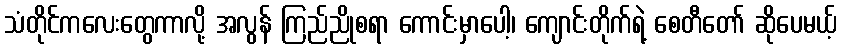
သံတိုင်ကလေးတွေကာလို့ အလွန် ကြည်ညိုစရာ ကောင်းမှာပေါ့၊ ကျောင်းတိုက်ရဲ့ စေတီတော် ဆိုပေမယ့်